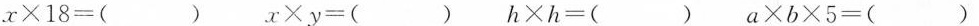
$$x\times 18=( )$$ $$x\times y=( )$$ $$h\times h=( )$$ $$a\times b\times 5=( )$$